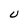
Character: U